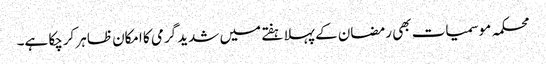
محکمہ موسمیات بھی رمضان کے پہلا ہفتے میں شدید گرمی کا امکان ظاہر کرچکا ہے۔